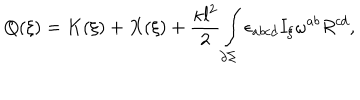
Q ( \xi ) = K ( \xi ) + X ( \xi ) + \frac { \kappa l ^ { 2 } } { 2 } \int _ { \partial \Sigma } \epsilon _ { a b c d } I _ { \xi } \omega ^ { a b } R ^ { c d } ,